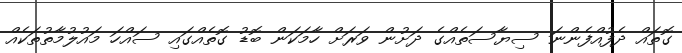
ގޮތައް ދެފުއްފެންނަ ސިޔާސަތެއްގެ ދަށުން ވަރަށް ހާމަކަން ބޮޑު ގޮތެއްގައި ސައްހަ މައުލުމާތުތަކެއް